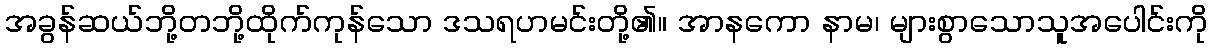
အခွန်ဆယ်ဘို့တဘို့ထိုက်ကုန်သော ဒသရဟမင်းတို့၏။ အာနကော နာမ၊ များစွာသောသူအပေါင်းကို